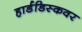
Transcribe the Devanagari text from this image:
हार्डडिस्कवर